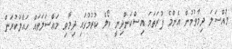
މައްސަލަ ދިމާވުމުން އެންމެ ފުރަތަމަ އިސްކަންދިނީ ކޯލް ކުރުމުގައި ދިމާވި މައްސަލަތައް ހައްލުކުރަން